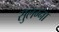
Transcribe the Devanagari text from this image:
सुलग्ना